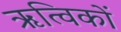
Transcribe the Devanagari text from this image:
ऋत्विकों